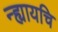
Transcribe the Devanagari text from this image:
न्ह्यायचि